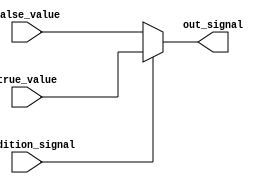
module conditional_assignment (
    input wire condition_signal, // Input condition signal
    input wire [7:0] true_value,  // Input value assigned when condition_signal is true
    input wire [7:0] false_value, // Input value assigned when condition_signal is false
    output reg [7:0] out_signal   // Output signal that is assigned based on the condition
);

// Continuous assignment using the ternary operator
always @(*) begin
    out_signal = condition_signal ? true_value : false_value;
end

endmodule